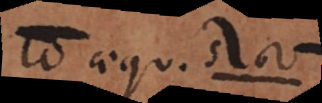
l aequ. 1